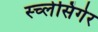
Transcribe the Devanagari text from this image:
स्च्लेसिंगेर